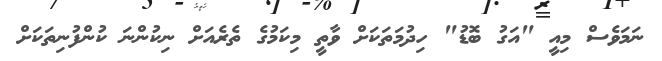
ނަމަވެސް މިއީ "އަގު ބޮޑު" ހިދުމަތަކަށް ވާތީ މިކަމުގެ ތެރެއަށް ނިކުންނަ ކުންފުނިތަކަށް